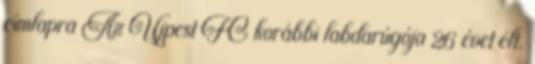
címlapra Az Újpest FC korábbi labdarúgója 26 évet élt.